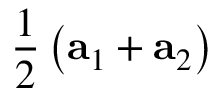
\frac { 1 } { 2 } \left( \mathbf { a } _ { 1 } + \mathbf { a } _ { 2 } \right)